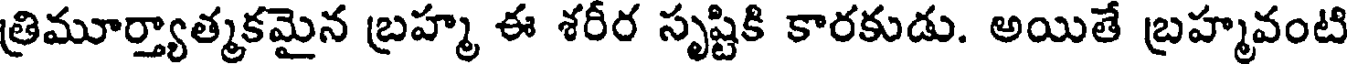
త్రిమూర్త్యాత్మకమైన బ్రహ్మ ఈ శరీర సృష్టికి కారకుడు. అయితే బ్రహ్మవంటి